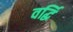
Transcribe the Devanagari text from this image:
वर्द्धि